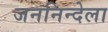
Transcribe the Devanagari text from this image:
जननिन्देला